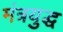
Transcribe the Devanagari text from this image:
मंत्रयुद्ध